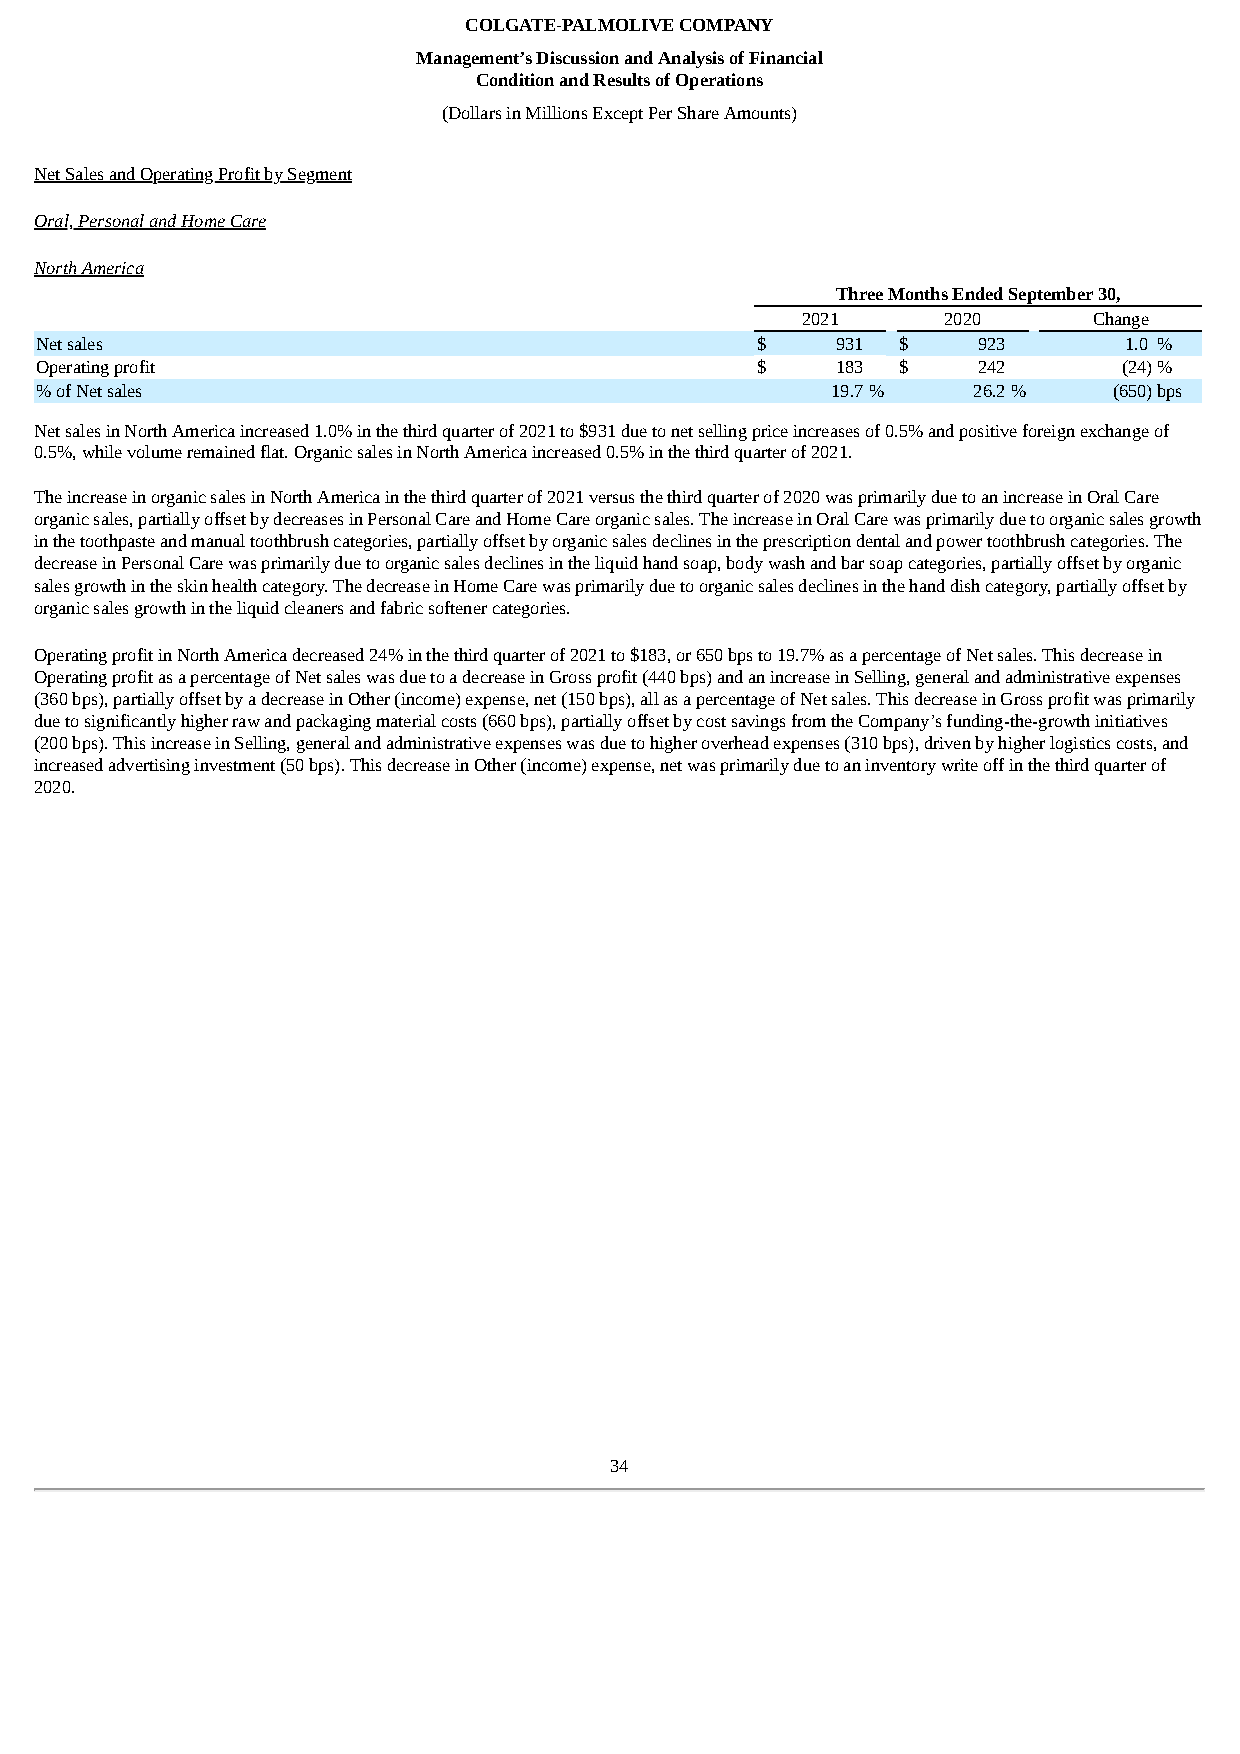
COLGATE-PALMOLIVE COMPANY
 Management’s Discussion and Analysis of Financial
 Condition and Results of Operations
 (Dollars in Millions Except Per Share Amounts)
 Net Sales and Operating Profit by Segment
 Oral, Personal and Home Care
 North America
 Three Months Ended September 30,
 2021     2020      Change
 Net sales                                       $    931 $     923      1.0 %
 Operating profit                                $    183 $     242      (24)%
 % of Net sales                                       19.7 %   26.2 %    (650)bps
 Net sales in North America increased 1.0% in the third quarter of 2021 to $931 due to net selling price increases of 0.5% and positive foreign exchange of
 0.5%, while volume remained flat. Organic sales in North America increased 0.5% in the third quarter of 2021.
 The increase in organic sales in North America in the third quarter of 2021 versus the third quarter of 2020 was primarily due to an increase in Oral Care
 organic sales, partially offset by decreases in Personal Care and Home Care organic sales. The increase in Oral Care was primarily due to organic sales growth
 in the toothpaste and manual toothbrush categories, partially offset by organic sales declines in the prescription dental and power toothbrush categories. The
 decrease in Personal Care was primarily due to organic sales declines in the liquid hand soap, body wash and bar soap categories, partially offset by organic
 sales growth in the skin health category. The decrease in Home Care was primarily due to organic sales declines in the hand dish category, partially offset by
 organic sales growth in the liquid cleaners and fabric softener categories.
 Operating profit in North America decreased 24% in the third quarter of 2021 to $183, or 650 bps to 19.7% as a percentage of Net sales. This decrease in
 Operating profit as a percentage of Net sales was due to a decrease in Gross profit (440 bps) and an increase in Selling, general and administrative expenses
 (360 bps), partially offset by a decrease in Other (income) expense, net (150 bps), all as a percentage of Net sales. This decrease in Gross profit was primarily
 due to significantly higher raw and packaging material costs (660 bps), partially offset by cost savings from the Company’s funding-the-growth initiatives
 (200 bps). This increase in Selling, general and administrative expenses was due to higher overhead expenses (310 bps), driven by higher logistics costs, and
 increased advertising investment (50 bps). This decrease in Other (income) expense, net was primarily due to an inventory write off in the third quarter of
 2020.
 34